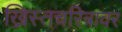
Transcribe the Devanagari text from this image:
ख्रिस्तचरित्रावर